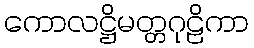
ကောလဋ္ဌိမတ္တဂုဠိကာ